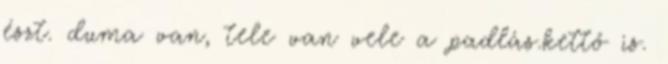
észt. duma van, tele van vele a padlás.kettő is.